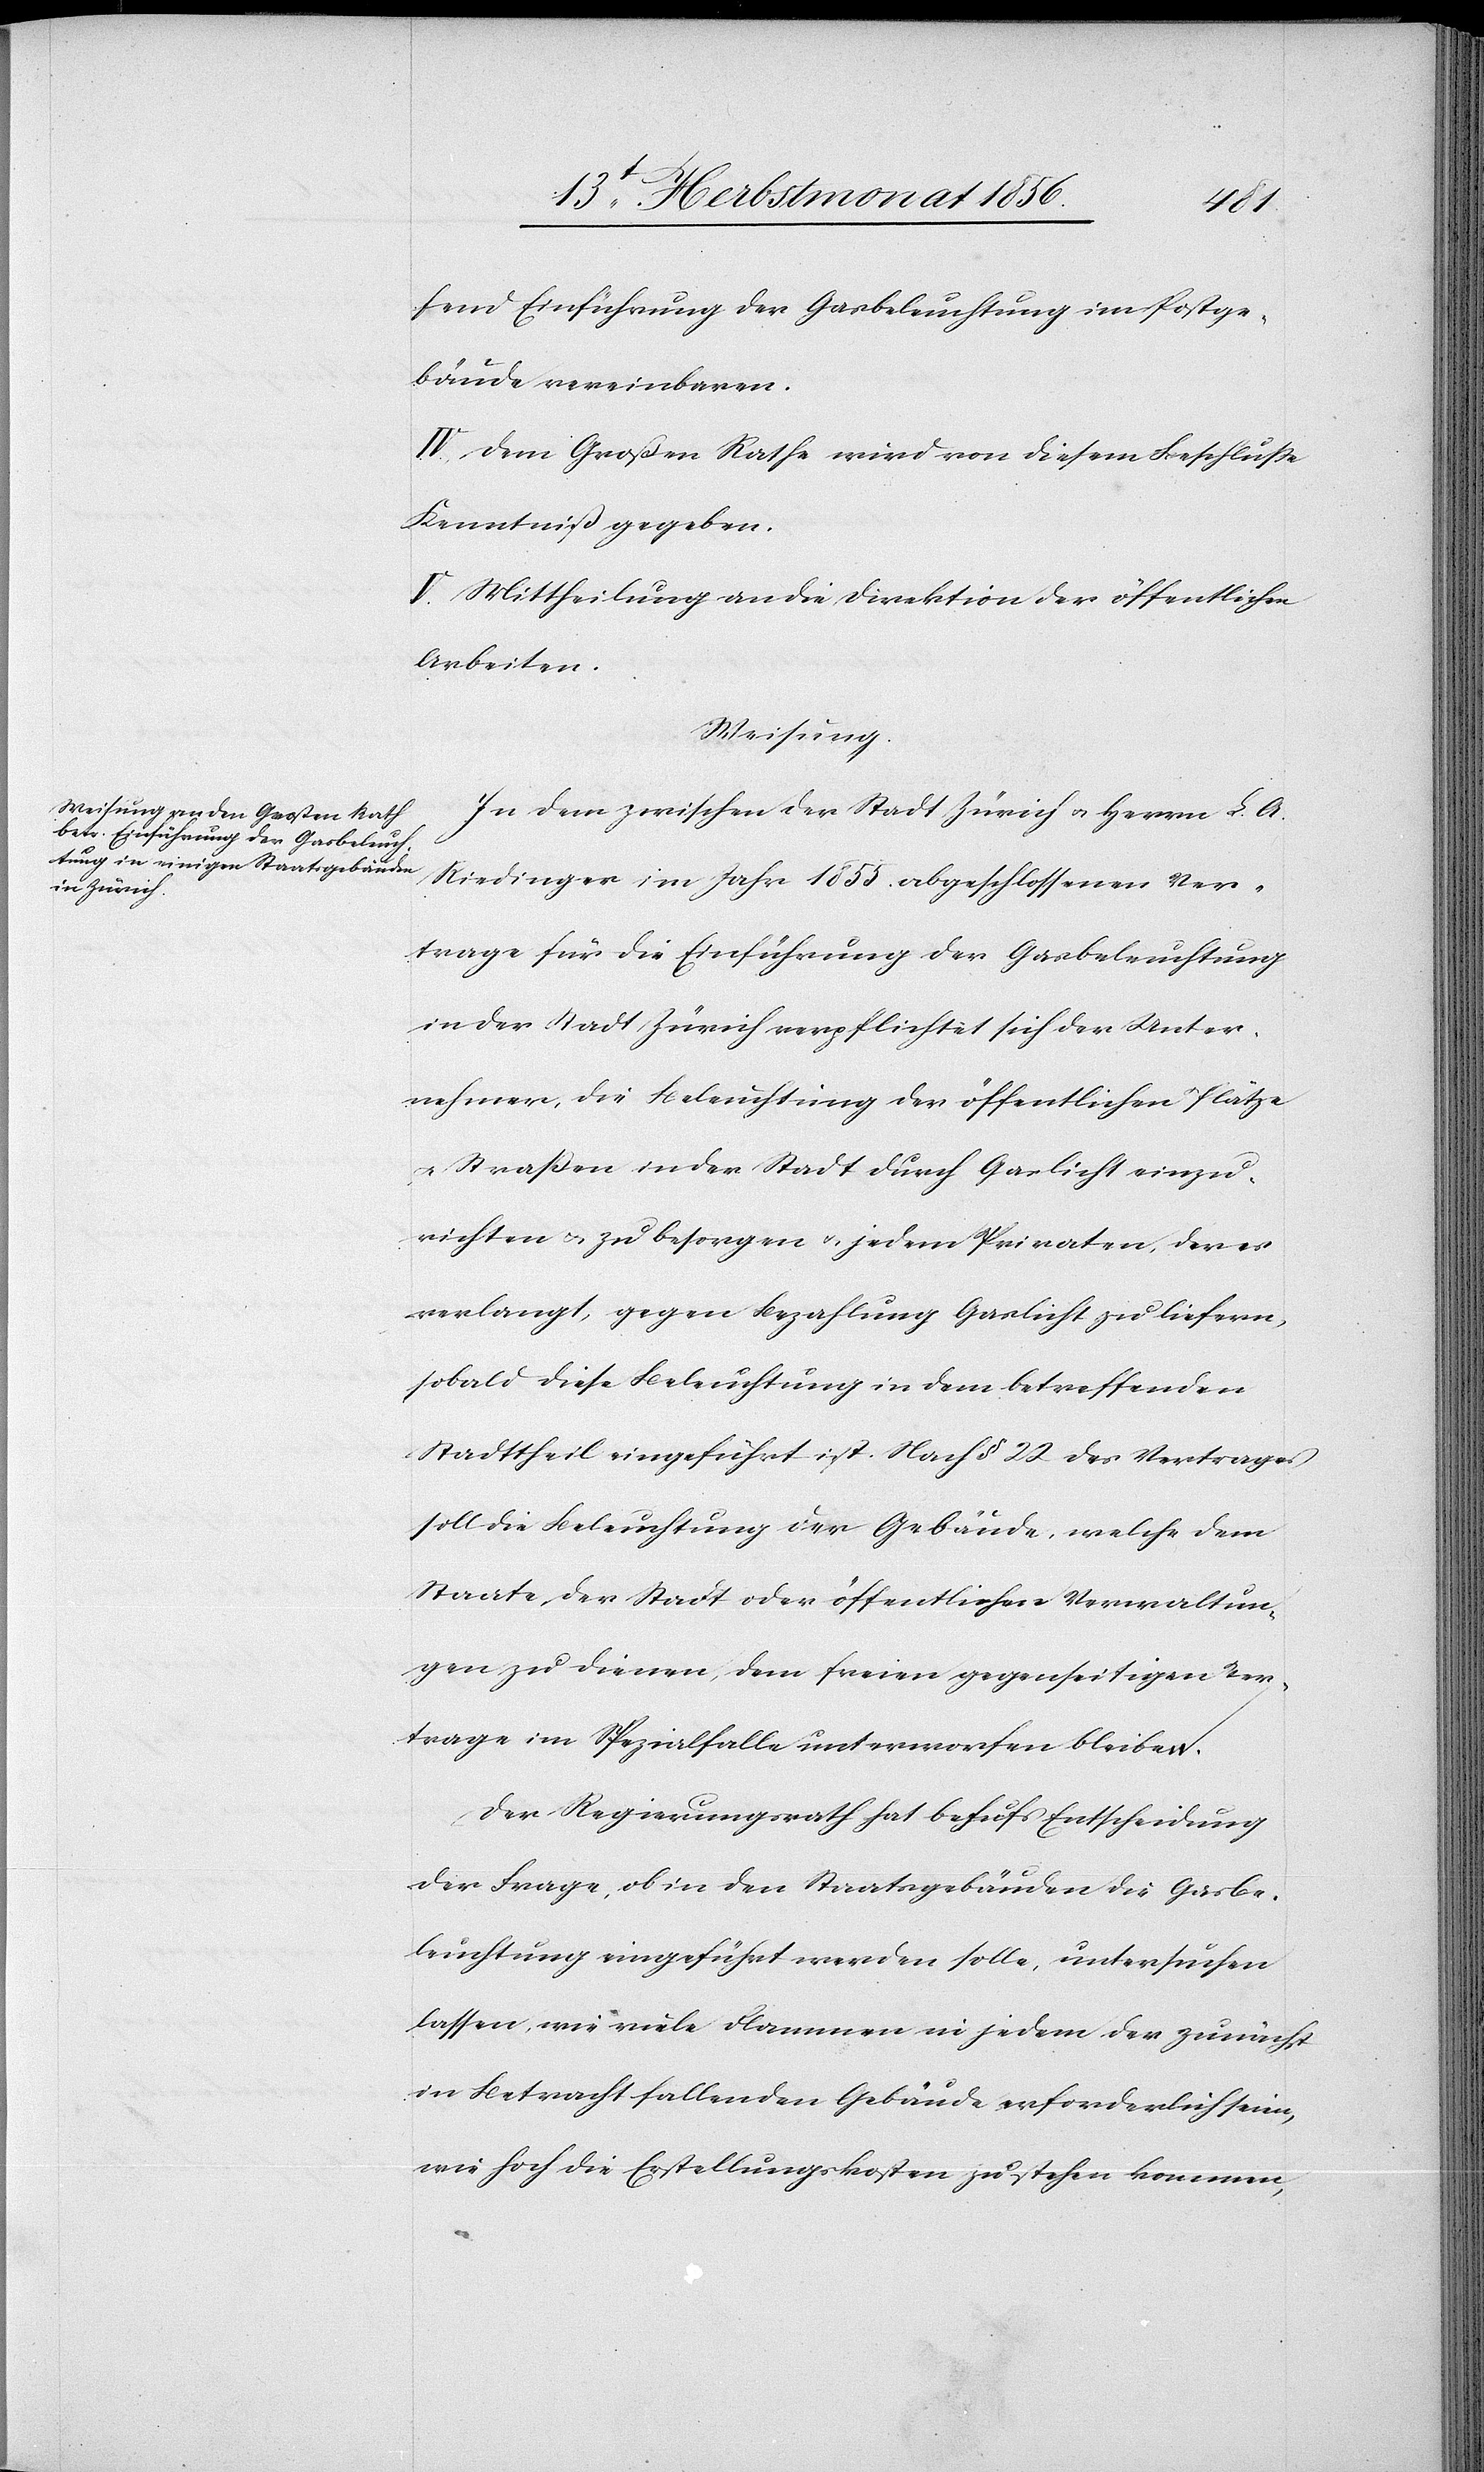
fend Einführung der Gasbeleuchtung im Postge¬
bäude vereinbaren.
IV.) Dem Großen Rathe wird von diesem Beschlusse
Kenntniß gegeben.
V.) Mittheilung an die Direktion der öffentlichen
Arbeiten.
Weisung.
In dem zwischen der Stadt Zürich u. Herrn L. A.
Riedinger im Jahr 1855 abgeschlossenen Ver¬
trage für die Einführung der Gasbeleuchtung
in der Stadt Zürich verpflichtet sich der Unter¬
nehmer, die Beleuchtung der öffentlichen Plätze
u. Strassen in der Stadt durch Gaslicht einzu¬
richten u. zu besorgen u. jedem Privaten, der es
verlangt, gegen Bezahlung Gaslicht zu liefern,
sobald diese Beleuchtung in dem betreffenden
Stadttheil eingeführt ist. Nach § 22 des Vertrages
soll die Beleuchtung der Gebäude, welche dem
Staate, der Stadt oder öffentlichen Verwaltun¬
gen zu dienen, dem freien gegenseitigen Ver¬
trage im Spezialfalle unterworfen bleiben.
Der Regierungsrath hat behufs Entscheidung
der Frage, ob in den Staatsgebäuden die Gasbe¬
leuchtung eingeführt werden solle, untersuchen
lassen, wie viele Flammen in jedem der zunächst
in Betracht fallenden Gebäude erforderlich seien,
wie hoch die Erstellungskosten zu stehen kommen,